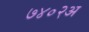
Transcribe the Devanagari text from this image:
७४०२अ